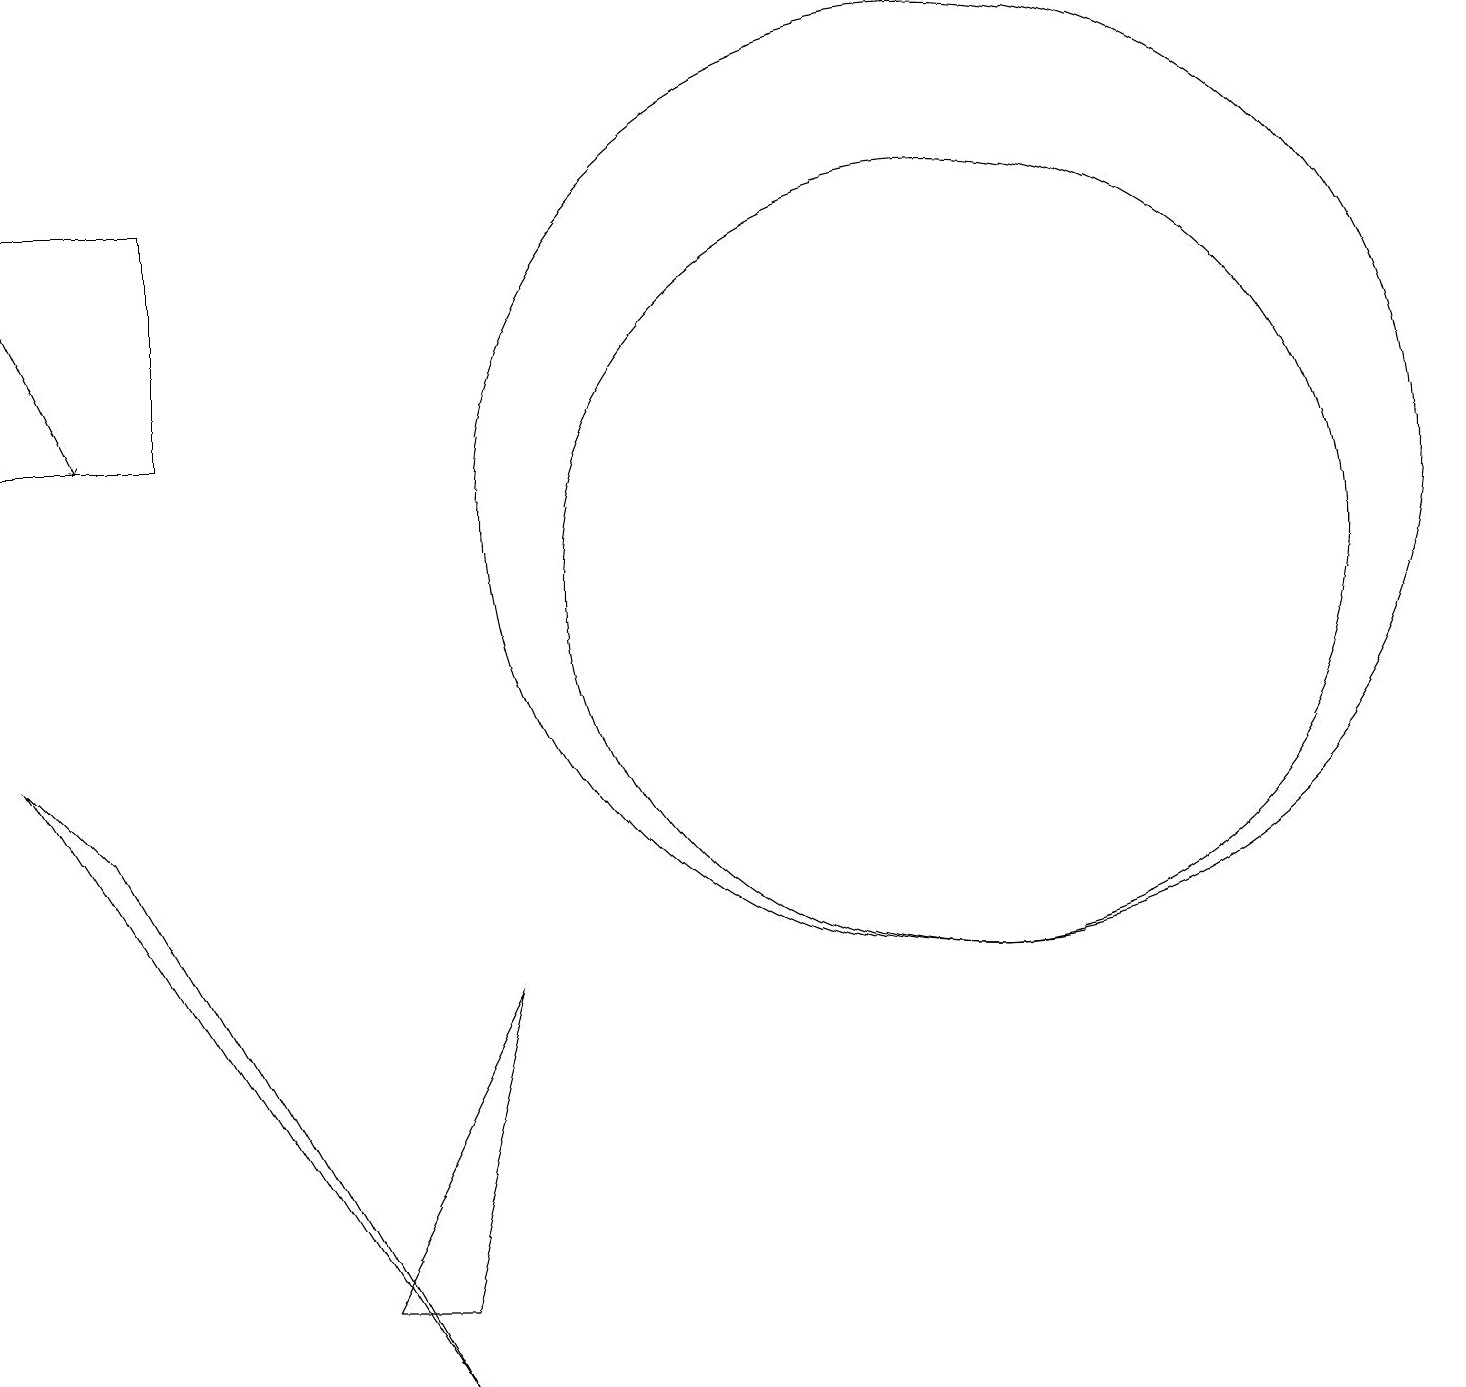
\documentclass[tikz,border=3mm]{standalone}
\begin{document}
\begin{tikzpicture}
\draw (0,12) rectangle (2,15);
\draw (1,7) -- (0,8) -- (5,0) -- cycle;
\draw (6,5) -- (4,1) -- (5,1) -- cycle;
\draw (12,11) circle (6);
\draw (12,10) circle (5);
\draw[->] (0,14) -- (1,12);
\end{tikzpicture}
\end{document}